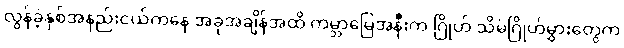
လွန်ခဲ့နှစ်အနည်းငယ်ကနေ အခုအချိန်အထိ ကမ္ဘာမြေအနီးက ဂြိုဟ် သိမ်ဂြိုဟ်မွှားတွေက